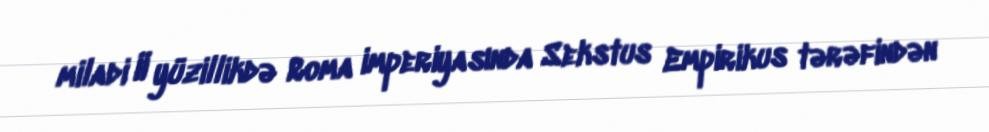
miladi II yüzillikdə Roma imperiyasında Sekstus Empirikus tərəfindən